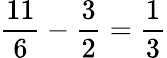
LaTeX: {\frac{11}{6}}-{\frac{3}{2}}={\frac{1}{3}}